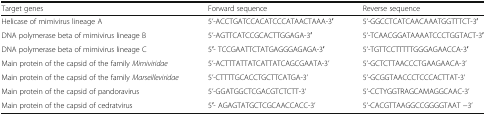
| Target genes | Forward sequence | Reverse sequence |
 | --- | --- | --- |
 | Helicase of mimivirus lineage A | 5’-ACCTGATCCACATCCCATAACTAAA-3′ | 5’-GGCCTCATCAACAAATGGTTTCT-3′ |
 | DNA polymerase beta of mimivirus lineage B | 5’-AGTTCATCCGCACTTGGAGA-3′ | 5’-TCAACGGATAAAATCCCTGGTACT-3′ |
 | DNA polymerase beta of mimivirus lineage C | 5′- TCCGAATTCTATGAGGGAGAGA-3′ | 5’-TGTTCCTTTTTGGGAGAACCA-3′ |
 | Main protein of the capsid of the family Mimiviridae | 5’-ACTTTATTATCATTATCAGCGAATA-3’ | 5’-GCTCTTAACCCTGAAGAACA-3’ |
 | Main protein of the capsid of the family Marseilleviridae | 5’-CTTTTGCACCTGCTTCATGA-3’ | 5’-GCGGTAACCCTCCCACTTAT-3’ |
 | Main protein of the capsid of pandoravirus | 5’-GGATGGCTCGACGTCTCTT-3’ | 5’-CCTYGGTRAGCAMAGGCAAC-3’ |
 | Main protein of the capsid of cedratvirus | 5′- AGAGTATGCTCGCAACCACC-3’ | 5’-CACGTTAAGGCCGGGGTAAT −3’ |